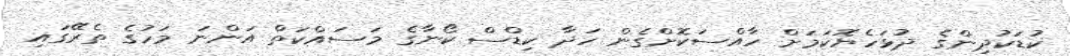
ކުޑަކުދިންގެ ދުޅަހެޔޮކަމަށް ހާއްސަކޮށްގެން ހަދާ ކިޑްސް ކޯނާގެ މަސައްކަތް އަންނަ މަހުގެ ތެރޭގައި